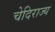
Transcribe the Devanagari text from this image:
चेदिराज्य